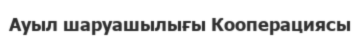
Ауыл шаруашылығы Кооперациясы